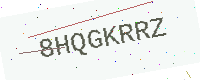
Text: 8HQGKRRZ